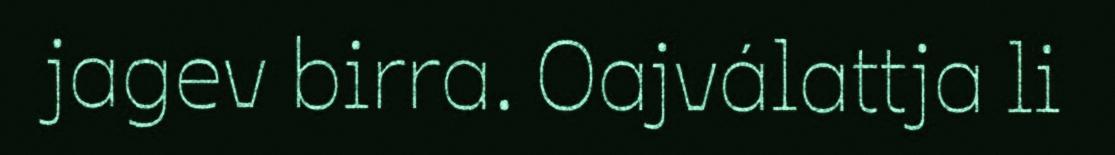
jagev birra. Oajválattja li